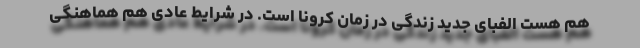
هم هست الفبای جدید زندگی در زمان کرونا است. در شرایط عادی هم هماهنگی